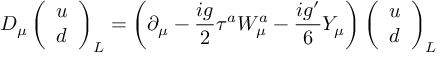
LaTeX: D _ { \mu } \left( \begin{array} { l } { { u } } \\ { { d } } \end{array} \right) _ { L } = \biggl ( \partial _ { \mu } - { \frac { i g } { 2 } } \tau ^ { a } W _ { \mu } ^ { a } - { \frac { i g ^ { \prime } } { 6 } } Y _ { \mu } \biggr ) \left( \begin{array} { l } { { u } } \\ { { d } } \end{array} \right) _ { L }